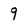
Character: 9